65_HS1-834228961_62-HQ-83894_Section_6
Agency: FBI
Page 79
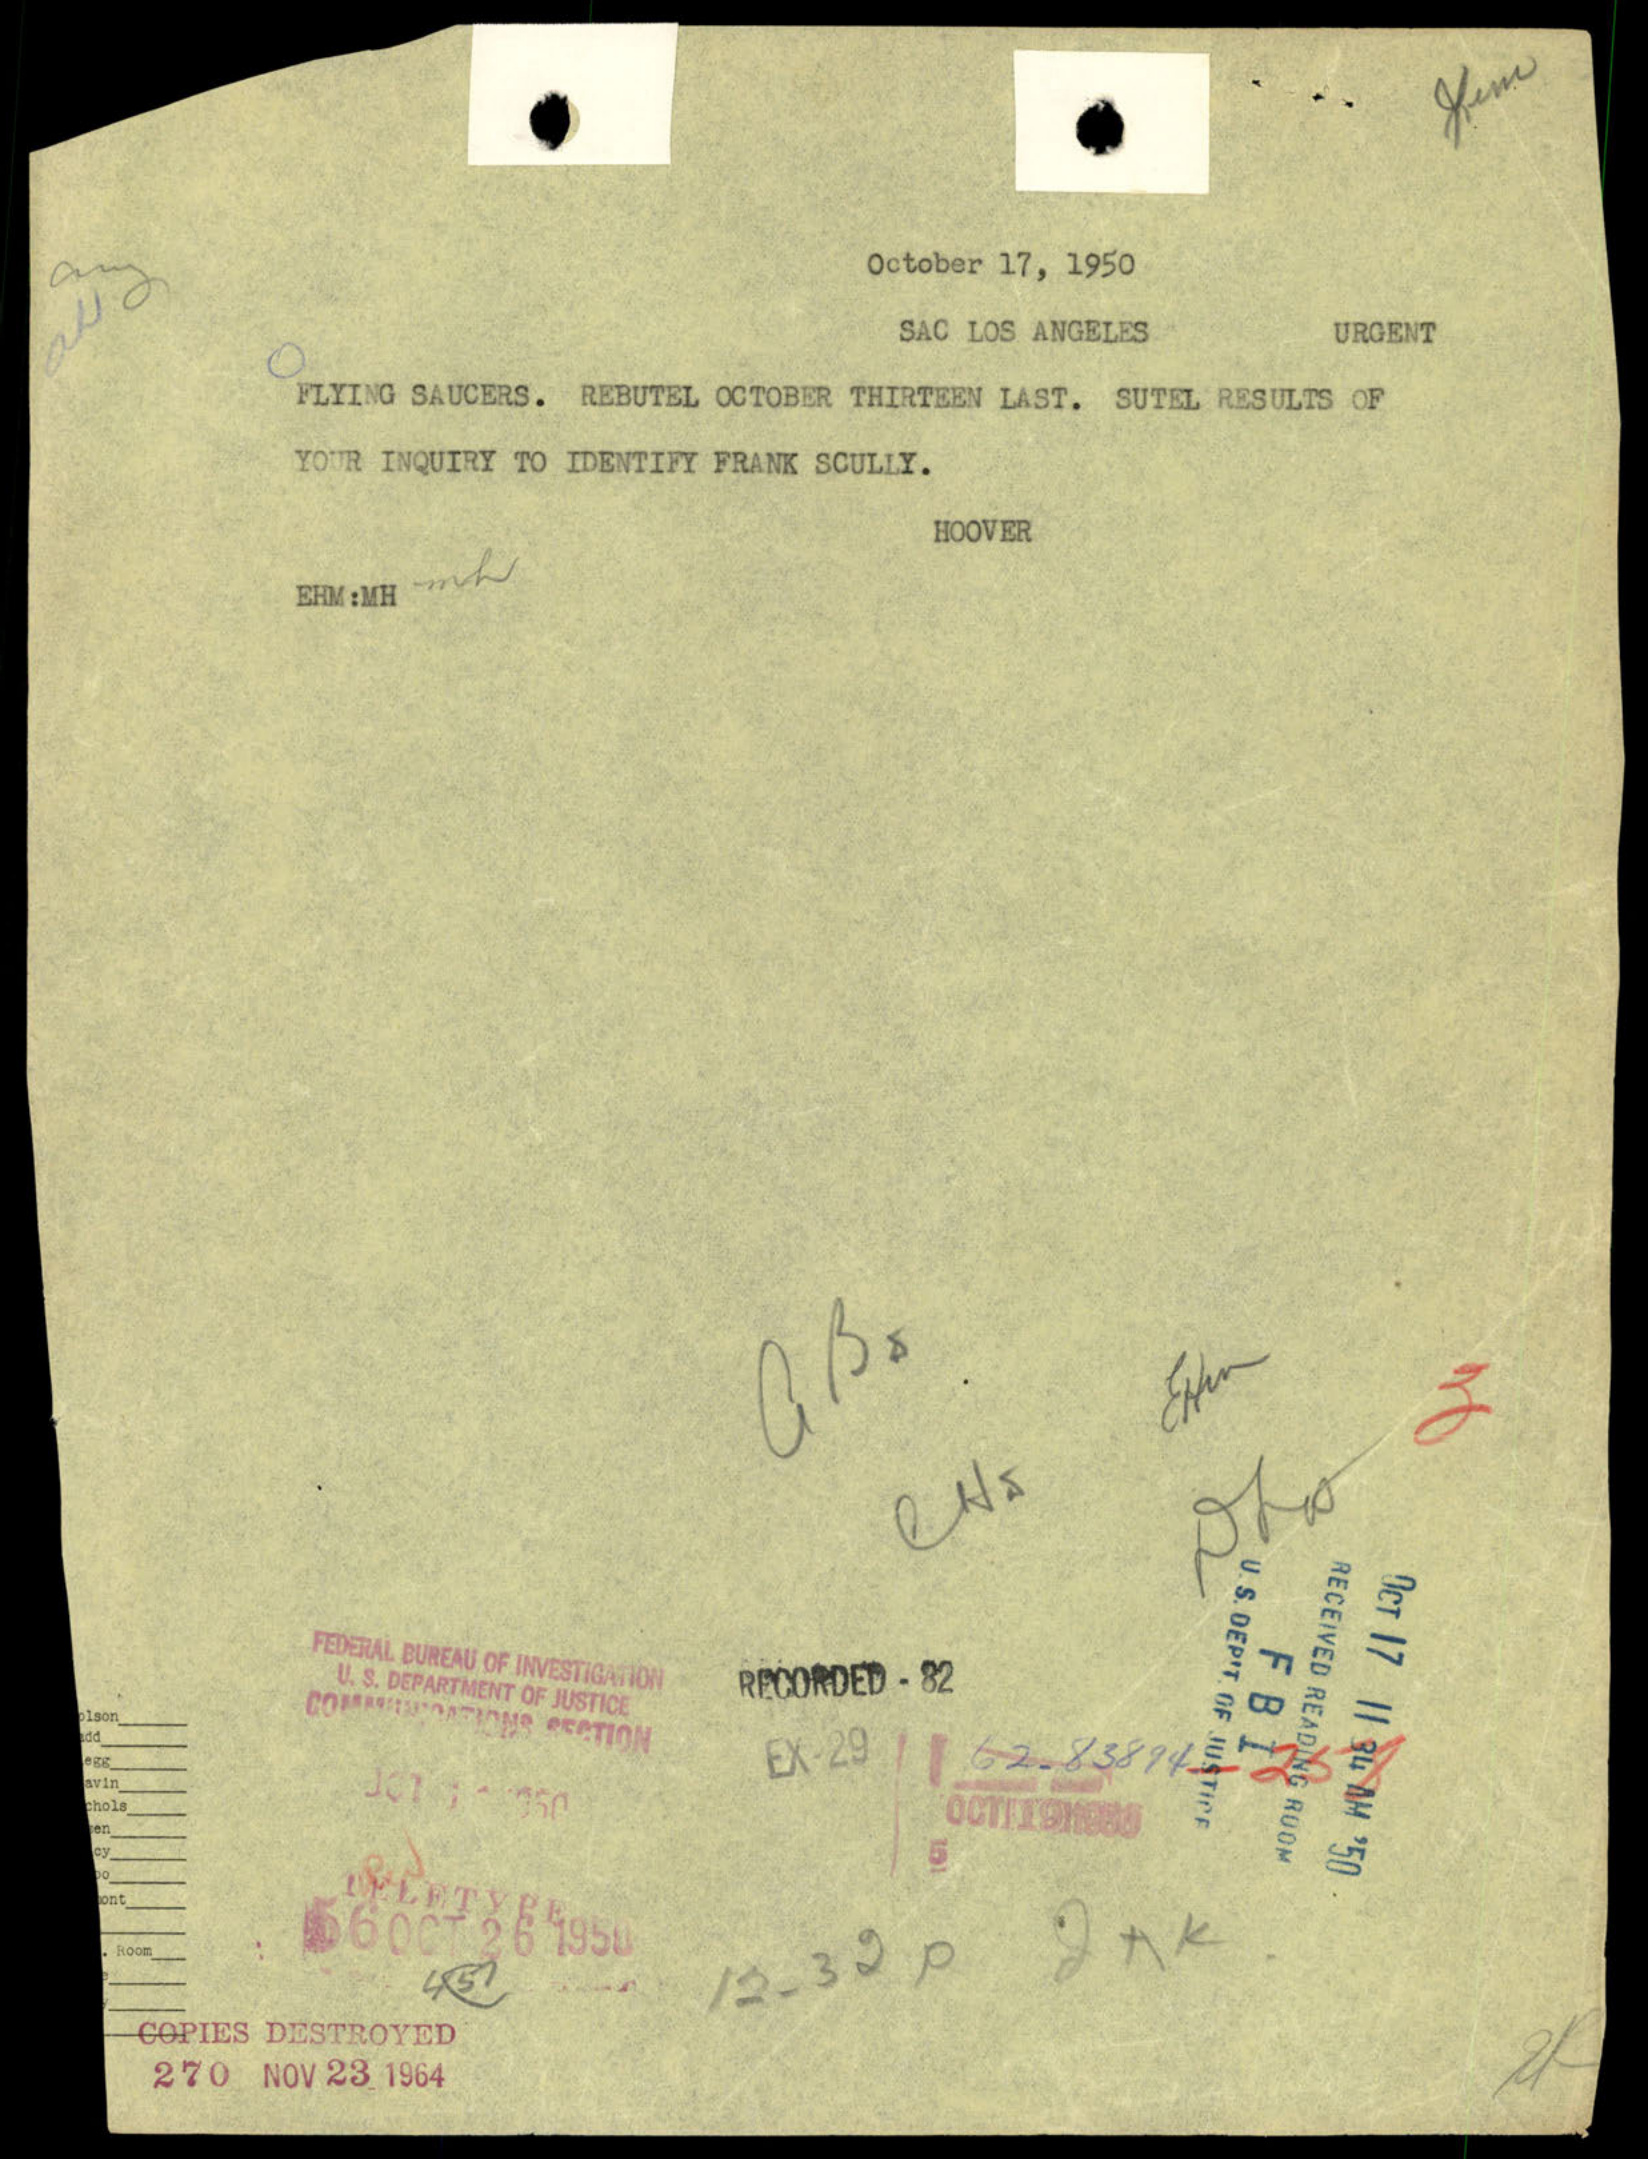